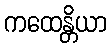
ကထေန္တိယာ